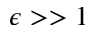
\epsilon > > 1